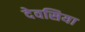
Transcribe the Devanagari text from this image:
देवसिया